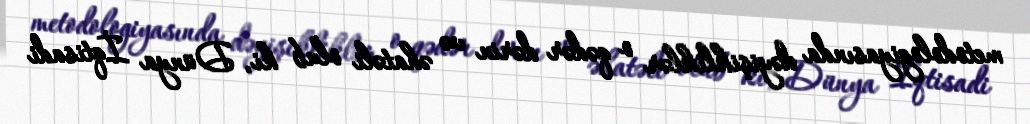
metodologiyasında dəyişikliklər o qədər dərin və əhatəli olub ki, Dünya İqtisadi